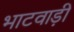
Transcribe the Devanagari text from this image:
भाटवाड़ी